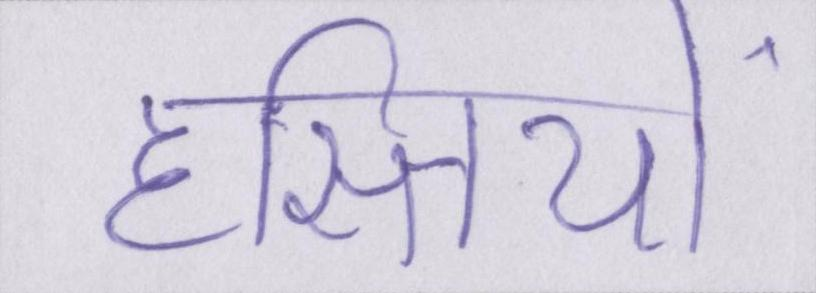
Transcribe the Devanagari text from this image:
हस्तियों